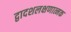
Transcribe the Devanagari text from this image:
द्वादशलक्षणात्मक